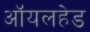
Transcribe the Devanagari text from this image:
ऑयलहेड